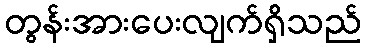
တွန်းအားပေးလျက်ရှိသည်